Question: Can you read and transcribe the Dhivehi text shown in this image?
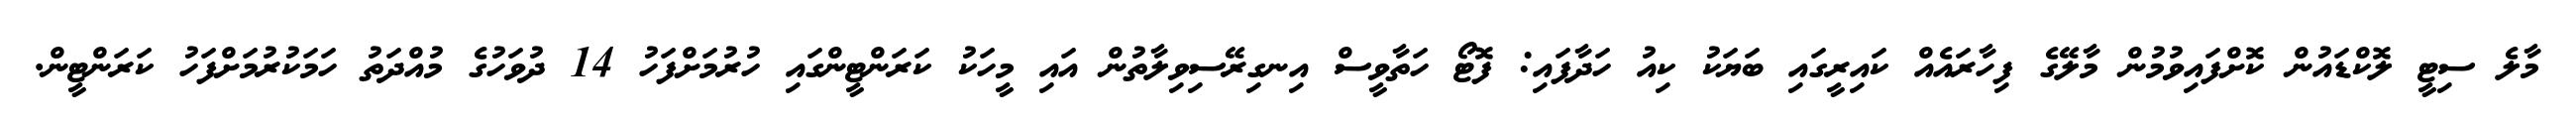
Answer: މާލެ ސިޓީ ލޮކްޑައުން ކޮށްފައިވުމުން މާލޭގެ ފިހާރައެއް ކައިރީގައި ބަޔަކު ކިއު ހަދާފައި: ފޮޓޯ ހަތާވީސް އިނގިރޭސިވިލާތުން އައި މީހަކު ކަރަންޓީންގައި ހުރުމަށްފަހު 14 ދުވަހުގެ މުއްދަތު ހަމަކުރުމަށްފަހު ކަރަންޓީން.